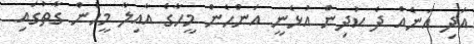
އަދި އަނެއް ދެ ކުދިން އުޅެނީ އަންހެން މީހާގެ އާއިލާ މީހުން ގާތުގައި